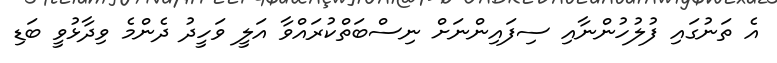
އެ ތަނުގައި ފުލުހުންނާއި ސިފައިންނަށް ނިސްބަތްކުރައްވާ އަލީ ވަހީދު ދެންމެ ވިދާޅުވީ ބަޑި